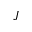
J